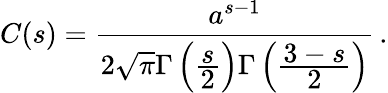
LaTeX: C(s)=\frac{a^{s-1}}{2\sqrt{\pi}\Gamma\left(\frac{\displaystyle s}{\displaystyle 2}\right)\Gamma\left(\frac{\displaystyle 3-s}{\displaystyle 2}\right)}\, {.}